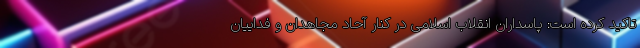
تاکید کرده است: پاسداران انقلاب اسلامی در کنار آحاد مجاهدان و فداییان